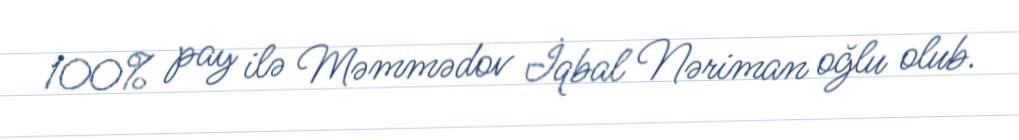
100% pay ilə Məmmədov İqbal Nəriman oğlu olub.